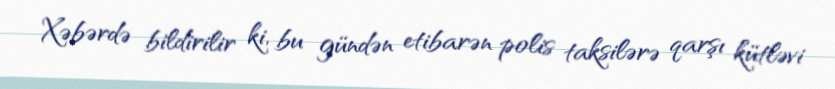
Xəbərdə bildirilir ki, bu gündən etibarən polis taksilərə qarşı kütləvi